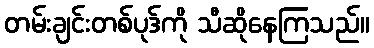
တမ်းချင်းတစ်ပုဒ်ကို သီဆိုနေကြသည်။